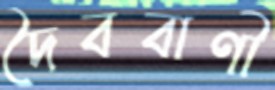
দৈববাণী